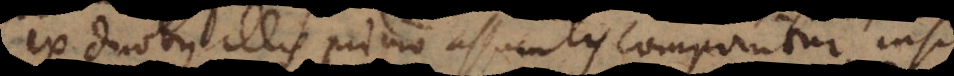
ex duobus illis primo assumtis componitur, insit